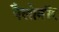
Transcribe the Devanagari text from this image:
पैलोमॉर